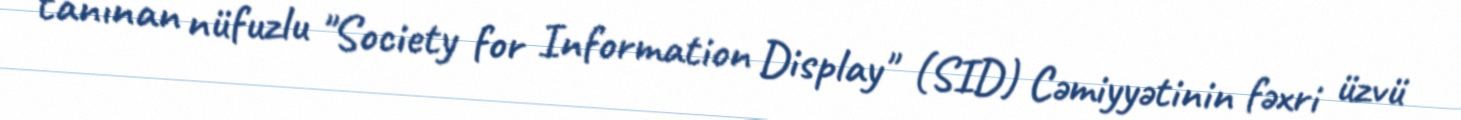
tanınan nüfuzlu "Society for Information Display" (SID) Cəmiyyətinin fəxri üzvü